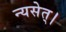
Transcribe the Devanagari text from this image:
न्यसेत्‌।